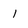
Character: 1